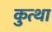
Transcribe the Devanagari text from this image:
कुत्था